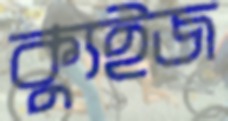
ক্যুইজ